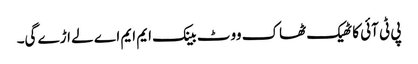
پی ٹی آئی کا ٹھیک ٹھاک ووٹ بینک ایم ایم اے لے اڑے گی۔